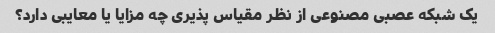
یک شبکه عصبی مصنوعی از نظر مقیاس پذیری چه مزایا یا معایبی دارد؟